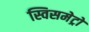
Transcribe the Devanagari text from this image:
स्विसमेट्रो